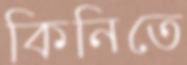
কিনিতে